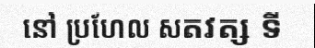
នៅ ប្រហែល សតវត្ស ទី